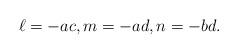
LaTeX: \begin{align*} \ell = -ac, m = -ad, n = -bd.\end{align*}